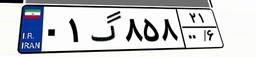
۰۱گ۸۵۸۲۱